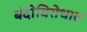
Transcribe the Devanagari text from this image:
बंदीविरोधात